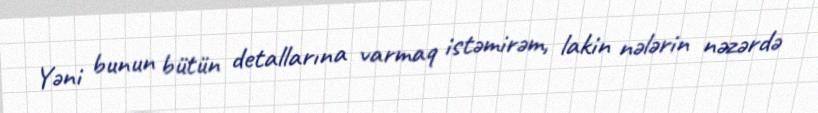
Yəni bunun bütün detallarına varmaq istəmirəm, lakin nələrin nəzərdə